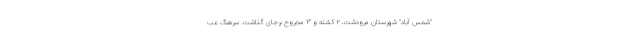
"شمس آباد" شهرستان مرودشت، ۲ کشته و ۳ مجروح برجای گذاشت. سرهنگ عب